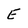
Character: e